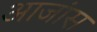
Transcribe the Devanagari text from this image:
आजांस